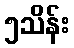
၅သိန်း